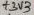
Text: +3V3